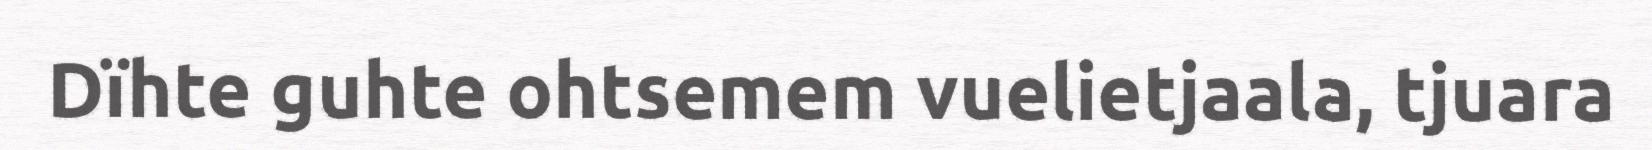
Dïhte guhte ohtsemem vuelietjaala, tjuara